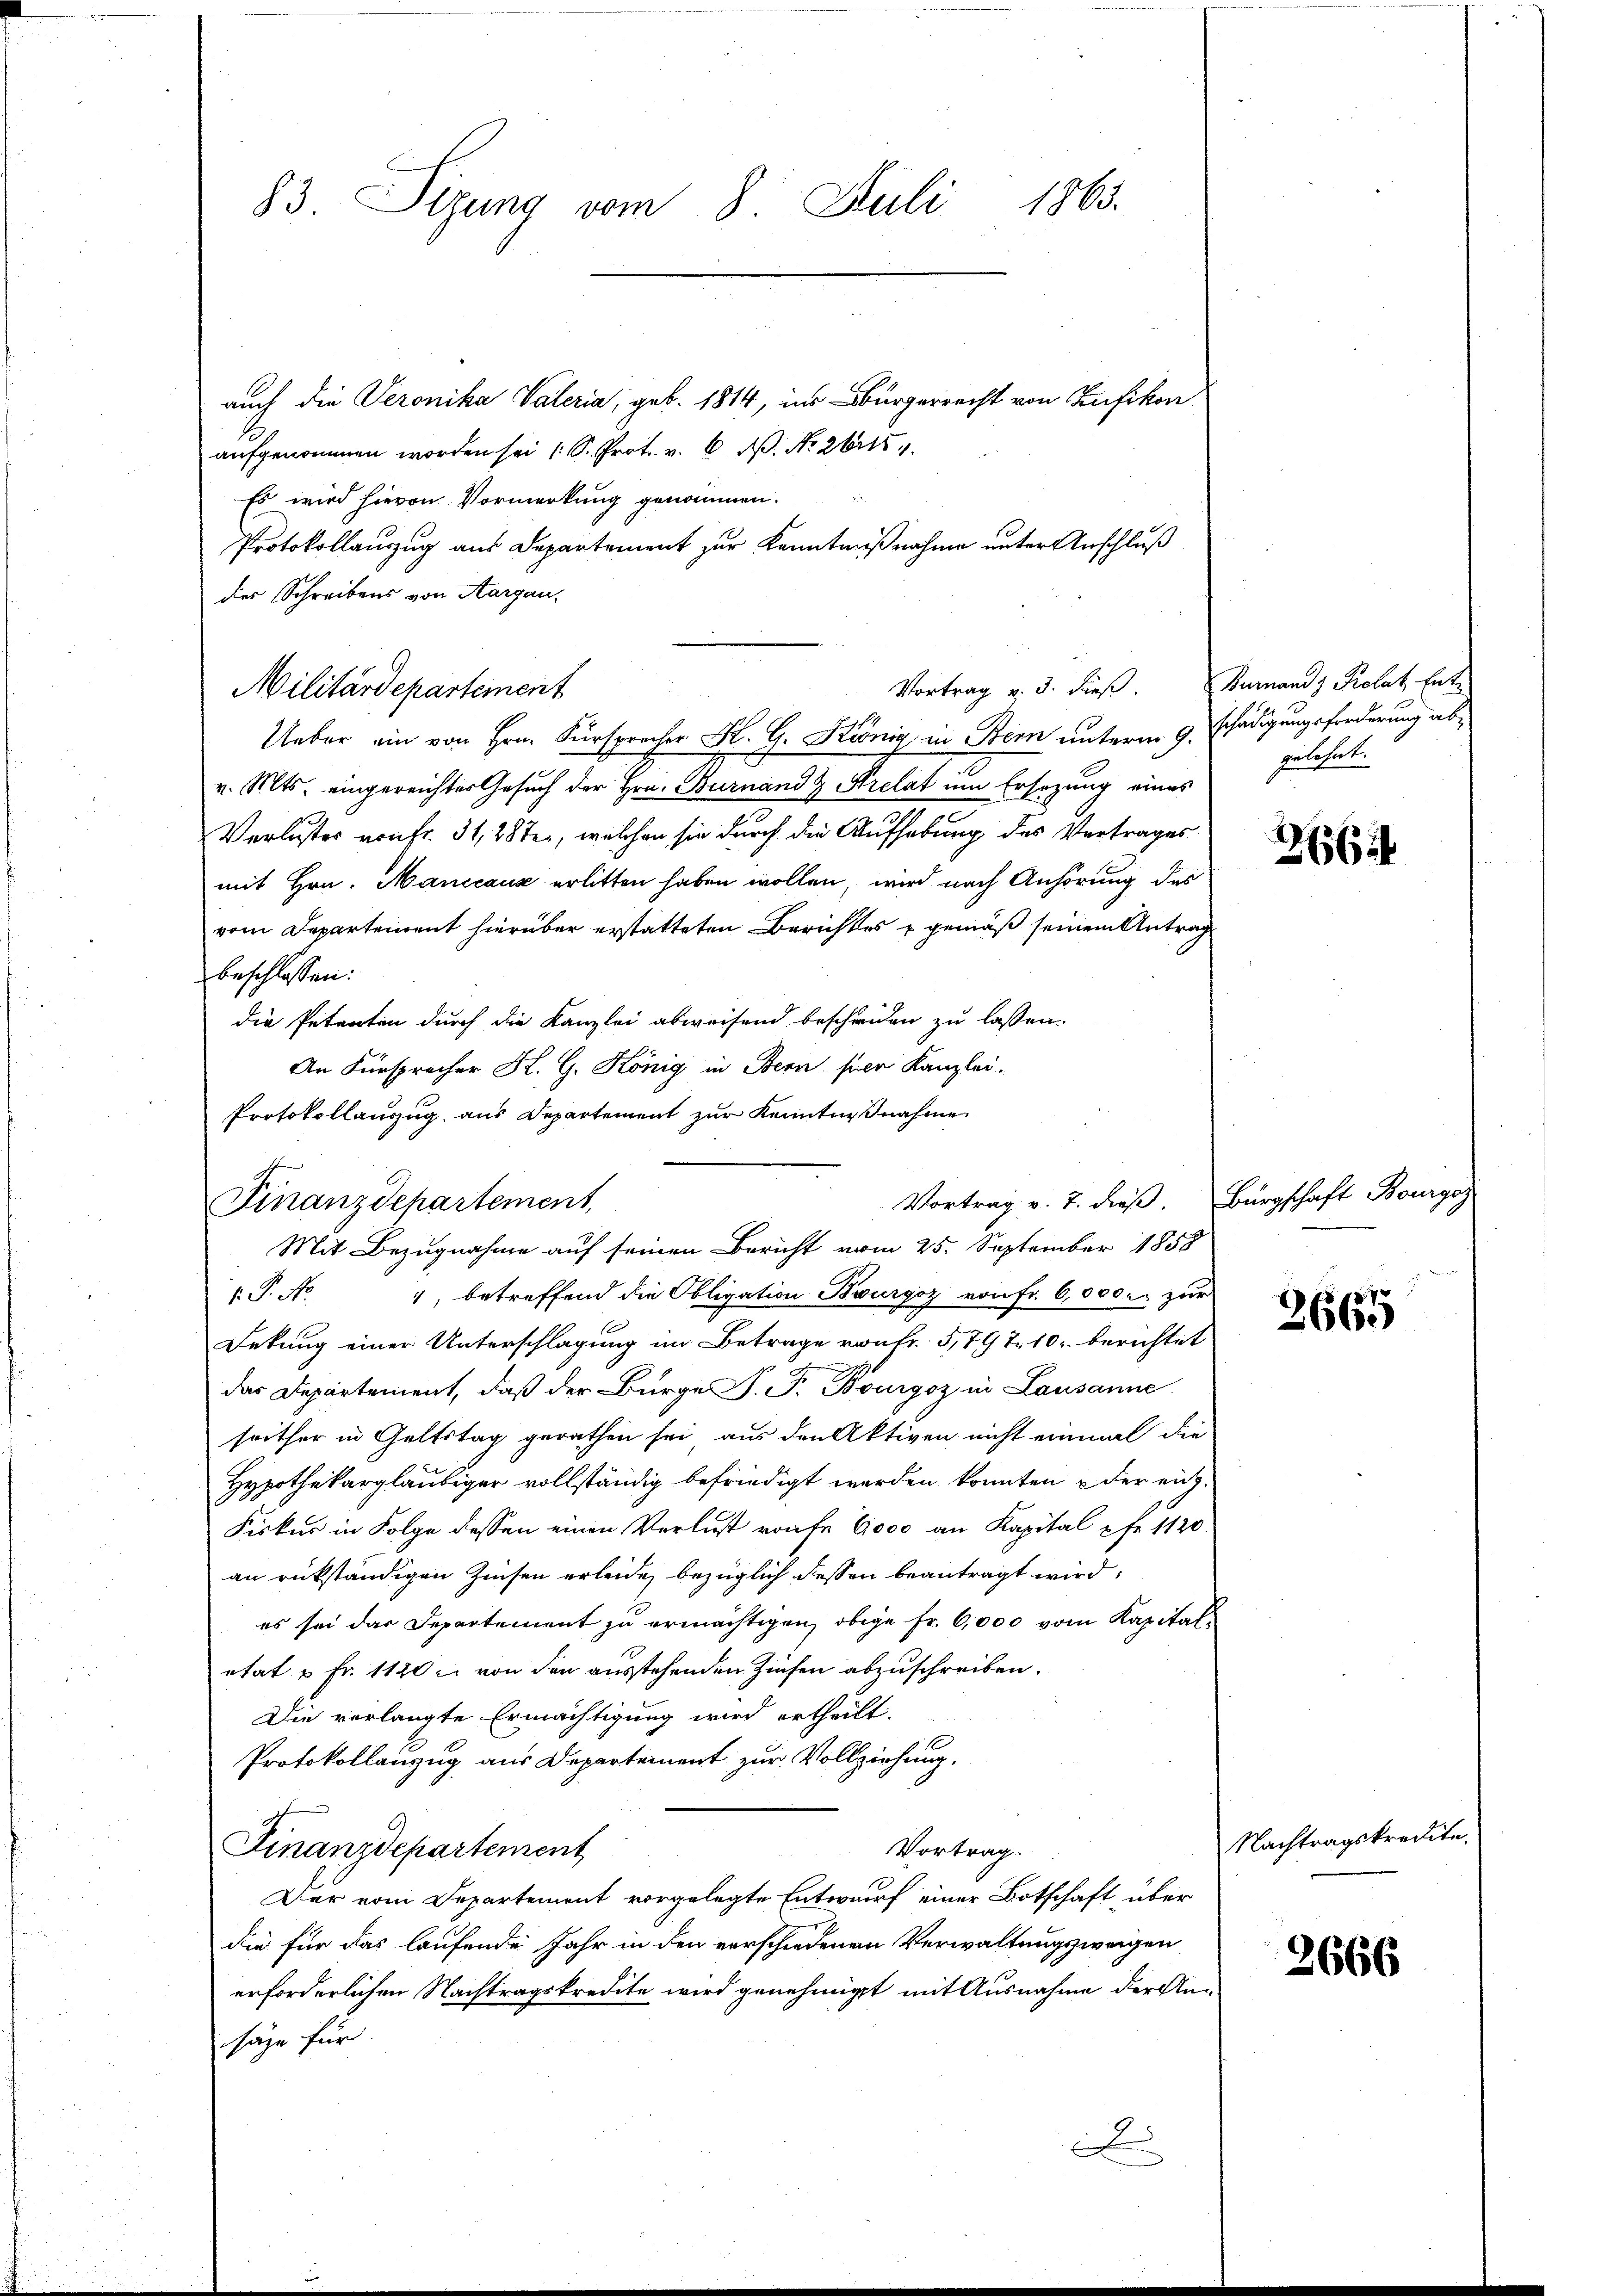
83. Sizung vom 8. Juli 1863.

auch die Veronika Vateria, geb. 1814, ins Bürgerrecht von Kefikon
aufgenommen worden sei (S. Prot. v. 6. N. No 26.
Es wird hievon Vormerkung genommen.
Protokollauszug aus Departement zur Kenntnißnahme unter Anschluß
des Schreibens von Aargau,
Ueber ein von Hrn. Fürsprocher K. G. König, in Bern unterm 9. Schädigungsforderung abv. Mts. eingereichter Gesuch der Hrn. Burnand & Strelat um Ersezung eines
Verlustes von fr. 31, 28 ten, welchen sie durch die Aufhebung des Vertrages
mit Hrn. Manicause erlitten haben wollen, wird nach Anhörung des
vom Departement hierüber erstatteten Berichtes & gemäß seinem Antrag
beschlossen:
die Petenten durch die Kanzlei abweisend bescheiden zu lassen.
An Fürsprecher K. G. König in Bern sien Kanzlei.
Protokollauszug aus Departement zur Kenntnißnahme.

Militärdepartement

Finanzdepartement,

Vortrag v. 3. dieß. Damand Polat Ent¬

1, betreffend die Obligation Bourgoz von Fr. 6,000. zur
.P. N
Fekung einer Unterschlagung im Betrage von Fr. 5,797. 10. berichtet
das Departement, daß der Bürger P. F. Bourgoz in Lausanne
seither in Geltstag gerathen sei, aus den Aktiven nicht einmal die
Hypothekargläubiger vollständig befriedigt werden konnten & der eich¬
Fiskus in Folge dessen einen Verlust raufe 6000 an Kapital p fr. 1120
an rükständigen Zinsen erleide, bezüglich dessen beantragt wird:
es sei das Departement zu ermächtigen, obige Fr. 6,000 vom Kapitaletat u Fr. 1120. von den ausstehenden Zinsen abzuschreiben.
Die verlangte Ermächtigung wird ertheilt.
Protokollanzug aus Departement zur Vollziehung,
Finanzdepartement
Vortrag.
Der vom Departement vorgelegte Entwurf einer Botschaft über
die für das laufende Jahr in den verschiedenen Verwaltungsweigen
erforderlichen Nachtragskredite wird genehmigt mit Ausnahme der Ansäze für
d

Vortrag v. 7. dieß. Bürgschaft Bourgos
Mit Bezugnahme auf seinen Bericht vom 25. September 1858

gelehnt.

266

2665

Nachtragskredite.

2666